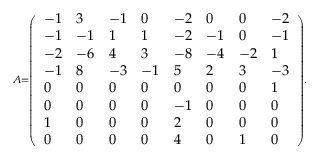
\scriptstyle A = { \left( \begin{array} { l l l l l l l l } { - 1 } & { 3 } & { - 1 } & { 0 } & { - 2 } & { 0 } & { 0 } & { - 2 } \\ { - 1 } & { - 1 } & { 1 } & { 1 } & { - 2 } & { - 1 } & { 0 } & { - 1 } \\ { - 2 } & { - 6 } & { 4 } & { 3 } & { - 8 } & { - 4 } & { - 2 } & { 1 } \\ { - 1 } & { 8 } & { - 3 } & { - 1 } & { 5 } & { 2 } & { 3 } & { - 3 } \\ { 0 } & { 0 } & { 0 } & { 0 } & { 0 } & { 0 } & { 0 } & { 1 } \\ { 0 } & { 0 } & { 0 } & { 0 } & { - 1 } & { 0 } & { 0 } & { 0 } \\ { 1 } & { 0 } & { 0 } & { 0 } & { 2 } & { 0 } & { 0 } & { 0 } \\ { 0 } & { 0 } & { 0 } & { 0 } & { 4 } & { 0 } & { 1 } & { 0 } \end{array} \right) } .